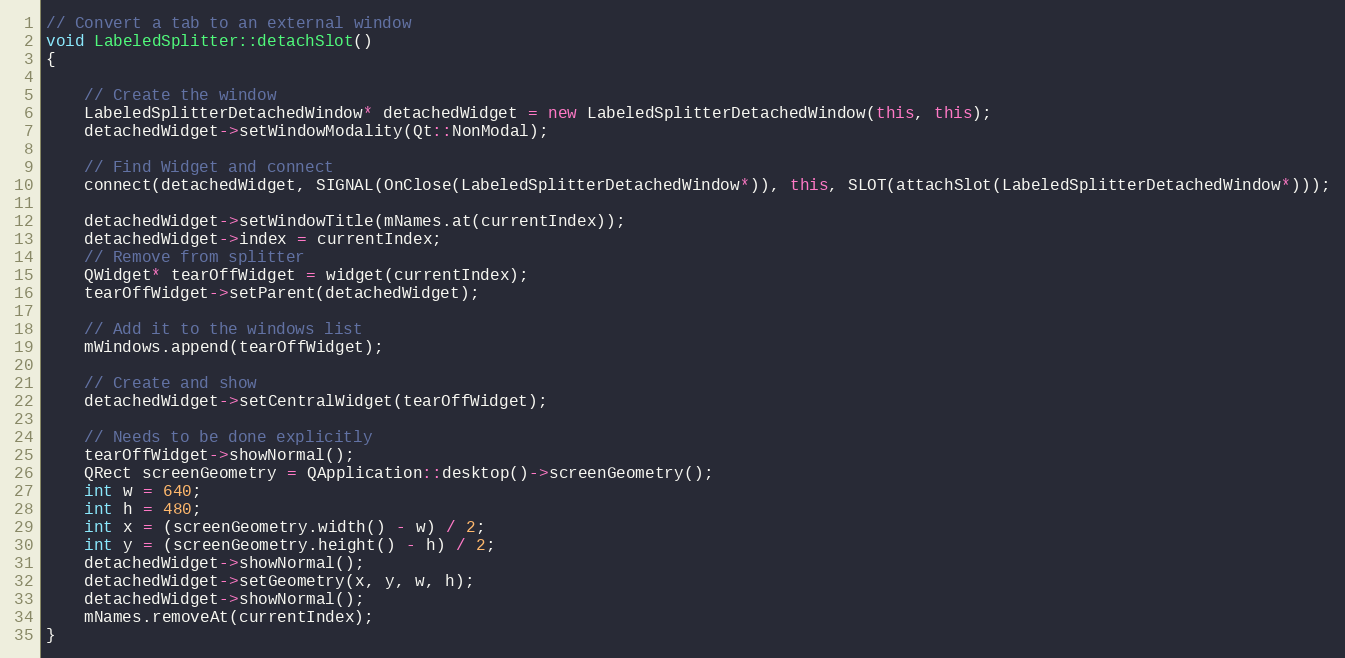
Language: C++
// Convert a tab to an external window
void LabeledSplitter::detachSlot()
{

    // Create the window
    LabeledSplitterDetachedWindow* detachedWidget = new LabeledSplitterDetachedWindow(this, this);
    detachedWidget->setWindowModality(Qt::NonModal);

    // Find Widget and connect
    connect(detachedWidget, SIGNAL(OnClose(LabeledSplitterDetachedWindow*)), this, SLOT(attachSlot(LabeledSplitterDetachedWindow*)));

    detachedWidget->setWindowTitle(mNames.at(currentIndex));
    detachedWidget->index = currentIndex;
    // Remove from splitter
    QWidget* tearOffWidget = widget(currentIndex);
    tearOffWidget->setParent(detachedWidget);

    // Add it to the windows list
    mWindows.append(tearOffWidget);

    // Create and show
    detachedWidget->setCentralWidget(tearOffWidget);

    // Needs to be done explicitly
    tearOffWidget->showNormal();
    QRect screenGeometry = QApplication::desktop()->screenGeometry();
    int w = 640;
    int h = 480;
    int x = (screenGeometry.width() - w) / 2;
    int y = (screenGeometry.height() - h) / 2;
    detachedWidget->showNormal();
    detachedWidget->setGeometry(x, y, w, h);
    detachedWidget->showNormal();
    mNames.removeAt(currentIndex);
}